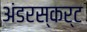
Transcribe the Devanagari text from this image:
अंडरस्कर्ट